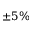
\pm 5 \%